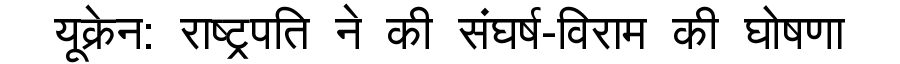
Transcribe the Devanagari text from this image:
यूक्रेन: राष्ट्रपति ने की संघर्ष-विराम की घोषणा